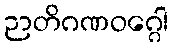
ဉာတိဂဏဝဂ္ဂေါ